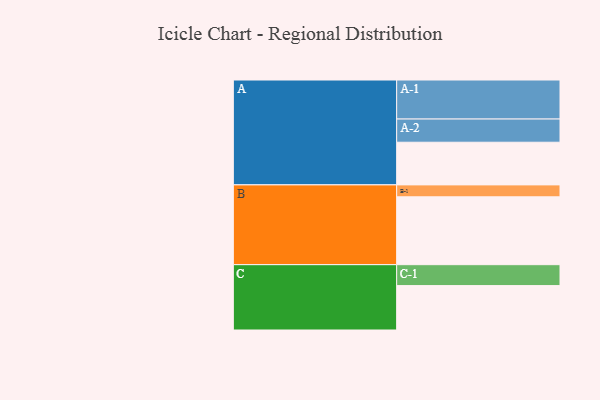
{"axis": {"x": "Segment", "y": "Value"}, "legend": ["", "A", "B", "C"], "data": [{"x": "A", "y": 318, "type": ""}, {"x": "B", "y": 506, "type": ""}, {"x": "C", "y": 331, "type": ""}, {"x": "A-1", "y": 291, "type": "A"}, {"x": "A-2", "y": 173, "type": "A"}, {"x": "B-1", "y": 89, "type": "B"}, {"x": "C-1", "y": 156, "type": "C"}]}